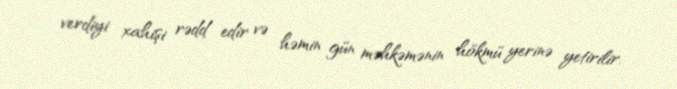
verdiyi xahişi rədd edir və həmin gün məhkəmənin hökmü yerinə yetirilir.